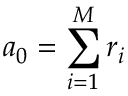
a _ { 0 } = \sum _ { i = 1 } ^ { M } r _ { i }